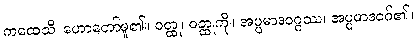
ကထေသိ၊ ဟောတော်မူ၏။ ဝတ္ထု၊ ဝတ္ထုကို။ အပ္ပမာဒဝဂ္ဂဿ၊ အပ္ပမာဒဝဂ်၏။